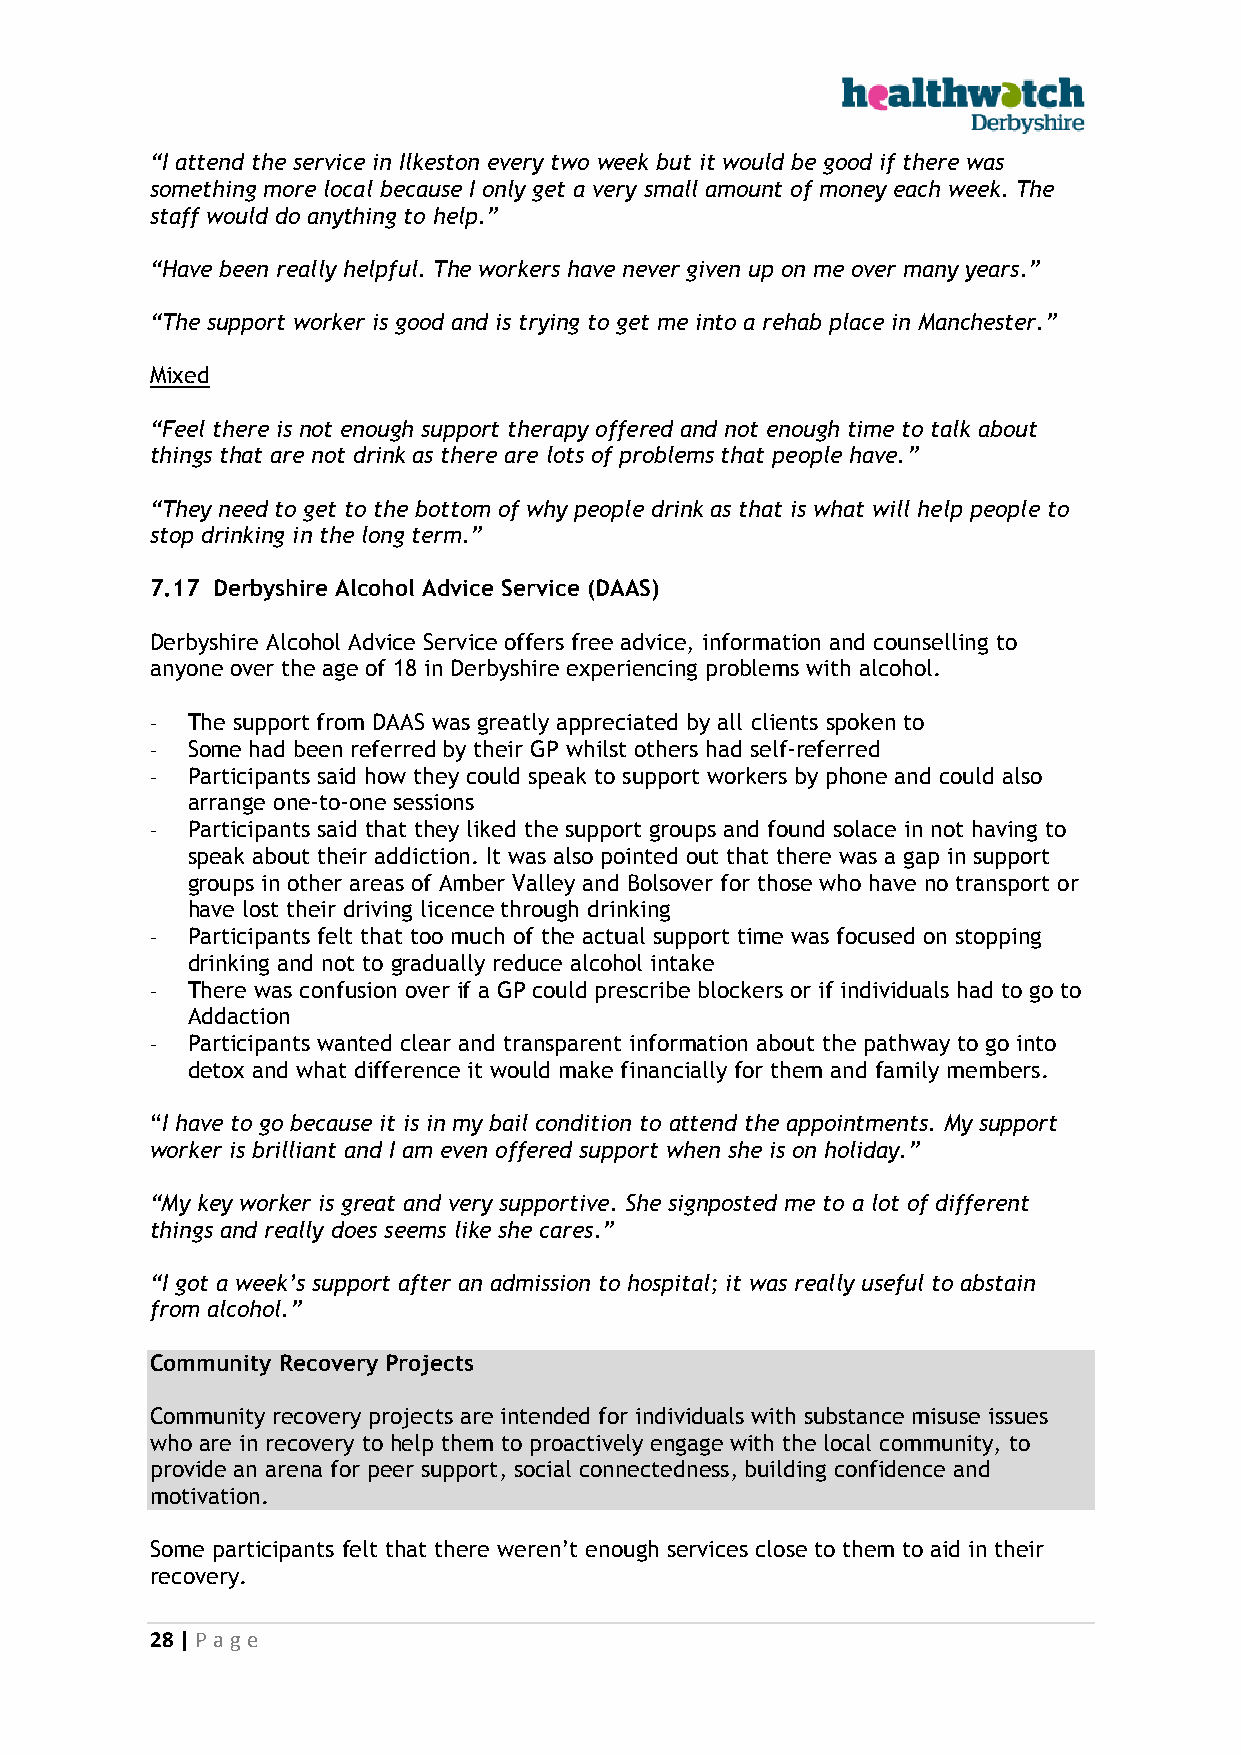
“I attend the service in Ilkeston every two week but it would be good if there was
 something more local because I only get a very small amount of money each week. The
 staff would do anything to help.”
 “Have been really helpful. The workers have never given up on me over many years.”
 “The support worker is good and is trying to get me into a rehab place in Manchester.”
 Mixed
 “Feel there is not enough support therapy offered and not enough time to talk about
 things that are not drink as there are lots of problems that people have.”
 “They need to get to the bottom of why people drink as that is what will help people to
 stop drinking in the long term.”
 7.17 Derbyshire Alcohol Advice Service (DAAS)
 Derbyshire Alcohol Advice Service offers free advice, information and counselling to
 anyone over the age of 18 in Derbyshire experiencing problems with alcohol.
 - The support from DAAS was greatly appreciated by all clients spoken to
 - Some had been referred by their GP whilst others had self-referred
 - Participants said how they could speak to support workers by phone and could also
 arrange one-to-one sessions
 - Participants said that they liked the support groups and found solace in not having to
 speak about their addiction. It was also pointed out that there was a gap in support
 groups in other areas of Amber Valley and Bolsover for those who have no transport or
 have lost their driving licence through drinking
 - Participants felt that too much of the actual support time was focused on stopping
 drinking and not to gradually reduce alcohol intake
 - There was confusion over if a GP could prescribe blockers or if individuals had to go to
 Addaction
 - Participants wanted clear and transparent information about the pathway to go into
 detox and what difference it would make financially for them and family members.
 “I have to go because it is in my bail condition to attend the appointments. My support
 worker is brilliant and I am even offered support when she is on holiday.”
 “My key worker is great and very supportive. She signposted me to a lot of different
 things and really does seems like she cares.”
 “I got a week’s support after an admission to hospital; it was really useful to abstain
 from alcohol.”
 Community Recovery Projects
 Community recovery projects are intended for individuals with substance misuse issues
 who are in recovery to help them to proactively engage with the local community, to
 provide an arena for peer support, social connectedness, building confidence and
 motivation.
 Some participants felt that there weren’t enough services close to them to aid in their
 recovery.
 28 | P age